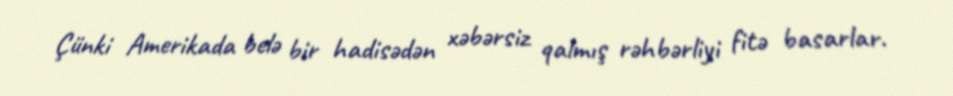
Çünki Amerikada belə bir hadisədən xəbərsiz qalmış rəhbərliyi fitə basarlar.